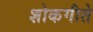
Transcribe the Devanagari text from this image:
शोकगीते